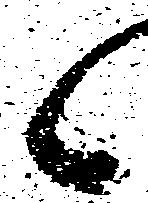
候